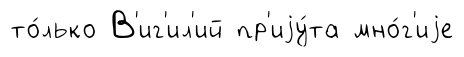
то́лько В'иг'ил'ий пр'иjу́та мно́г'иjе